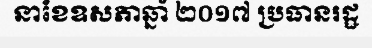
នាខែឧសភាឆ្នាំ ២០១៧ ប្រធានរដ្ឋ